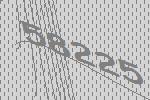
58225